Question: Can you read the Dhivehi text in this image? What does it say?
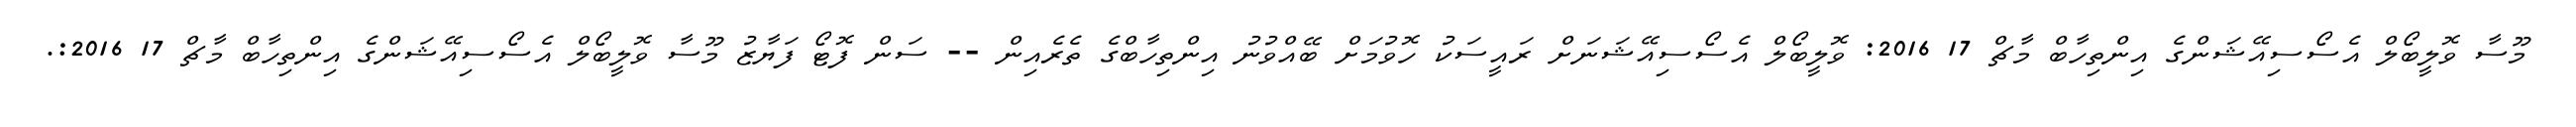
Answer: މޫސާ ވޮލީބޯލް އެސޯސިއޭޝަންގެ އިންތިހާބް މާޗް 17 2016: ވޮލީބޯލް އެސޯސިއޭޝަނަށް ރައީސަކު ހޮވުމަށް ބޭއްވުނު އިންތިހާބްގެ ތެރެއިން -- ސަން ފޮޓޯ ފަޔާޒު މޫސާ ވޮލީބޯލް އެސޯސިއޭޝަންގެ އިންތިހާބް މާޗް 17 2016:.